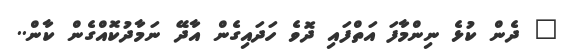
" ދެން ކުޅެ ނިންމާފަ އަތްފައި ދޮވެ ހަދައިގެން އާދޭ ނަމާދުކޮއްގެން ކާން..